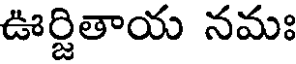
ఊర్జితాయ నమః